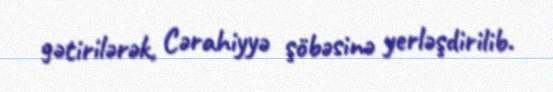
gətirilərək, Cərahiyyə şöbəsinə yerləşdirilib.